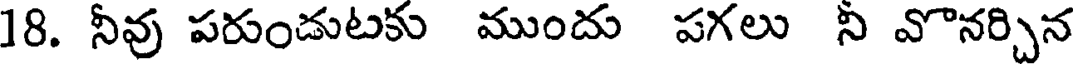
18. నీవు పరుండుటకు ముందు పగలు ని వొనర్చిన